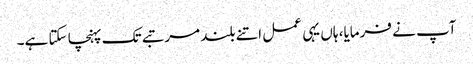
آپ نے فرمایا، ہاں یہی عمل اتنے بلند مرتبے تک پہنچا سکتا ہے۔